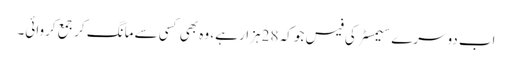
اب دوسرے سیمسٹر کی فیس جو کہ 28 ہزار ہے، وہ بھی کسی سے مانگ کر جمع کروائی۔